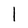
Character: l